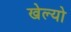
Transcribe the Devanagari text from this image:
खेल्यो